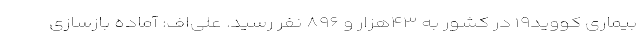
بیماری کووید۱۹ در کشور به ۴۳هزار و ۸۹۶ نفر رسید. علی‌اف: آماده بازسازی